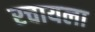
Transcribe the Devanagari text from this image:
रचायला